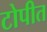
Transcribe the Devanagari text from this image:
टोपीत